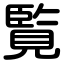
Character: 覧